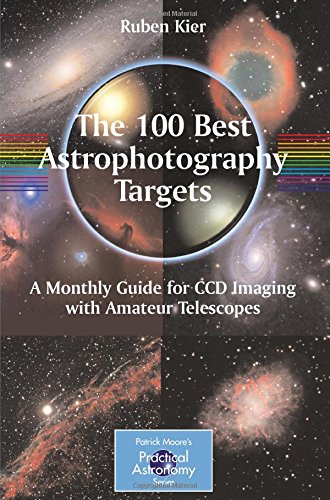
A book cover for The 100 Best Astrophotography Targets: A Monthly Guide for CCD Imaging with Amateur Telescopes (The Patrick Moore Practical Astronomy Series); Ruben Kier; Science & Math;